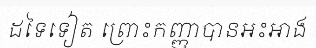
ដទៃទៀត ព្រោះកញ្ញាបានអះអាង